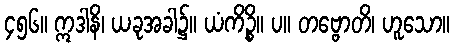
၄၅၆။ ဣဒါနိ၊ ယခုအခါ၌။ ယံကိဉ္စိ။ ပ။ တဗ္ဗောတိ၊ ဟူသော။